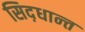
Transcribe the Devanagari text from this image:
सिद़धान्‍त